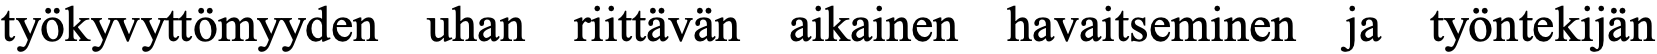
työkyvyttömyyden uhan riittävän aikainen havaitseminen ja työntekijän